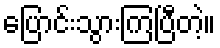
ပြောင်းသွားကြပြီတဲ့။